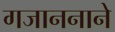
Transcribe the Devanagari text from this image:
गजाननाने